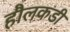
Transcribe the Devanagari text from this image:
हौलकडी